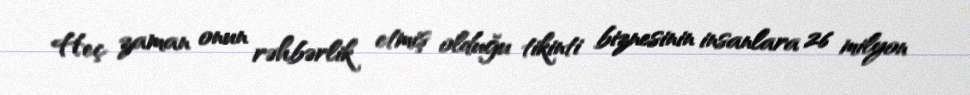
Heç zaman onun rəhbərlik etmiş olduğu tikinti biznesinin insanlara 26 milyon